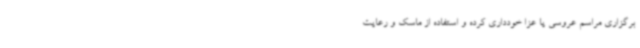
برگزاری مراسم عروسی یا عزا خودداری کرده و استفاده از ماسک و رعایت